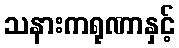
သနားကရုဏာနှင့်